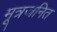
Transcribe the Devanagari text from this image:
मूत्रजनित